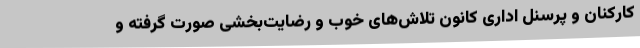
کارکنان و پرسنل اداری کانون تلاش‌های خوب و رضایت‌بخشی صورت گرفته و